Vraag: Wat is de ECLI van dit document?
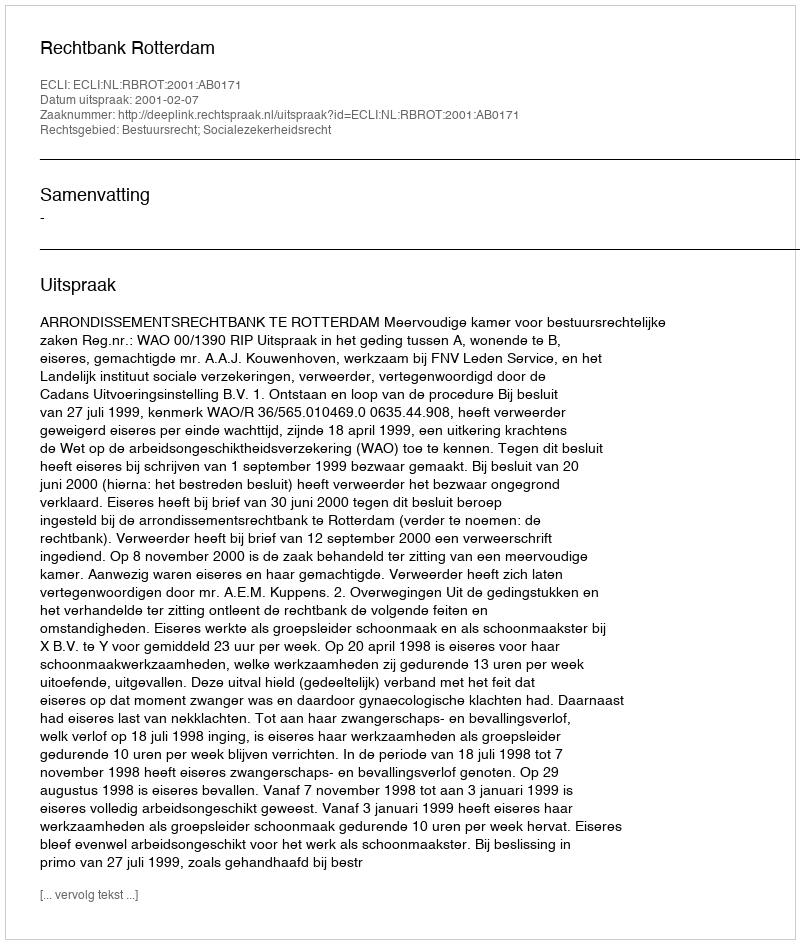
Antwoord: ECLI:NL:RBROT:2001:AB0171